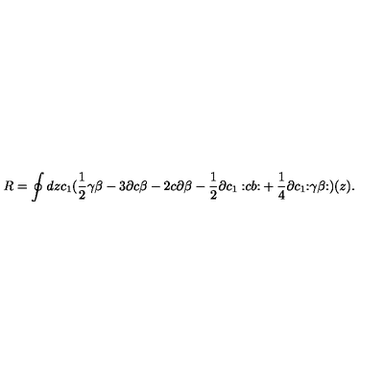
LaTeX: R = \oint d z c _ { 1 } ( \frac 1 2 \gamma \beta - 3 \partial c \beta - 2 c \partial \beta - \frac 1 2 \partial c _ { 1 } { \bf : } c b { \bf : } + \frac 1 4 \partial c _ { 1 } { \bf : } \gamma \beta { \bf : } ) ( z ) .